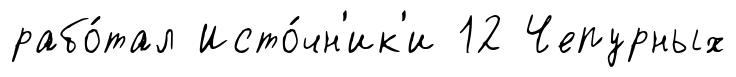
рабо́тал Исто́чн'ик'и 12 Чепурных